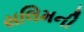
સલિમની